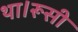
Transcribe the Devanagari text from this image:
था।रूसी